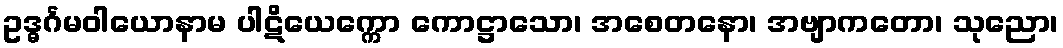
ဥဒ္ဓင်္ဂမဝါယောနာမ ပါဋိယေက္ကော ကောဋ္ဌာသော၊ အစေတနော၊ အဗျာကတော၊ သုညော၊